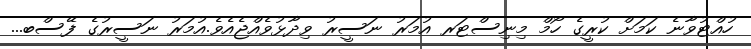
ހުއްޓުވާނެ ކަމަށް ކުރީގެ ހޯމް މިނިސްޓަރ އުމަރު ނަސީރު ވިދާޅުވެއްޖެއެވެ.އުމަރު ނަސީރުގެ ފޭސްބ...